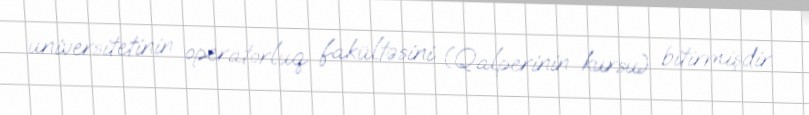
universitetinin operatorluq fakültəsini (Qalperinin kursu) bitirmişdir.